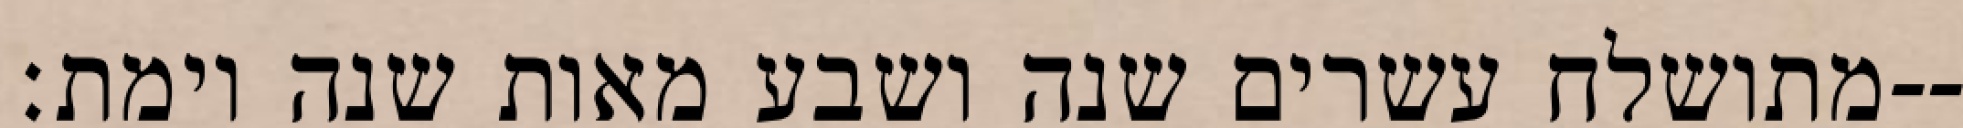
מתושלח עשרים שנה ושבע מאות שנה וימת׃--